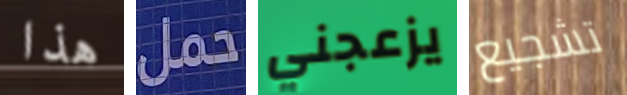
هذا حمل يزعجني تشجيع